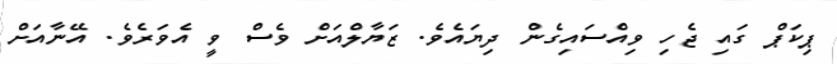
ޕިކަޕް ގައި ޖެހި ވިއްސައިގެން ދިޔައެވެ. ޒަޔާލްއަށް ވެސް ވީ އެވަރެވެ. އޭނާއަށް